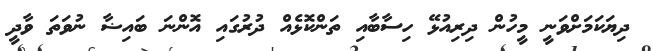
ދިޔަކަމަށްވަނީ މީހުން ދިރިއުޅޭ ހިސާބާއި ތަންކޮޅެއް ދުރުގައި އޮންނަ ބައިޟާ ނުވަތަ ވާދީ